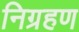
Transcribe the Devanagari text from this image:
निग्रहण